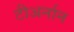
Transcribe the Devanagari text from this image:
टीअर्नान